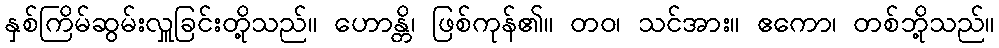
နှစ်ကြိမ်ဆွမ်းလှူခြင်းတို့သည်။ ဟောန္တိ၊ ဖြစ်ကုန်၏။ တဝ၊ သင်အား။ ဧကော၊ တစ်ဘို့သည်။